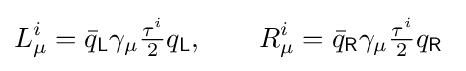
L_{\mu }^{i}={\bar {q}}_{\mathsf {L}}\gamma _{\mu }{\tfrac {\tau ^{i}}{2}}q_{\mathsf {L}},\qquad R_{\mu }^{i}={\bar {q}}_{\mathsf {R}}\gamma _{\mu }{\tfrac {\tau ^{i}}{2}}q_{\mathsf {R}}\